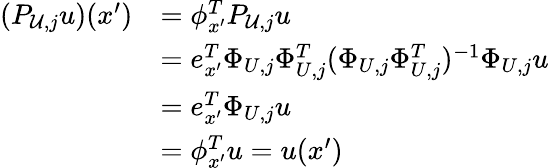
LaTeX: \begin{array}{rl}{(P_{\mathcal U,j}u)(x^{\prime})}&{=\phi_{x^{\prime}}^{T}P_{\mathcal U,j}u}\\ &{=e_{x^{\prime}}^{T}\Phi_{U,j}\Phi_{U,j}^{T}(\Phi_{U,j}\Phi_{U,j}^{T})^{-1}\Phi_{U,j}u}\\ &{=e_{x^{\prime}}^{T}\Phi_{U,j}u}\\ &{=\phi_{x^{\prime}}^{T}u=u(x^{\prime})}\end{array}